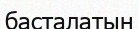
басталатын